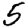
Digit: 5